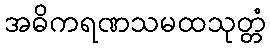
အဓိကရဏသမထသုတ္တံ